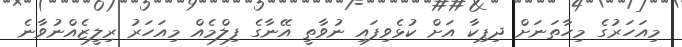
މިއަހަރުގެ މިހާތަނަށް ދިޕިކާ އަށް ކުޅެވިފައި ނުވާތީ އޭނާގެ ފިލްމެއް މިއަހަރު ރިލީޒެއްނުވާނެ